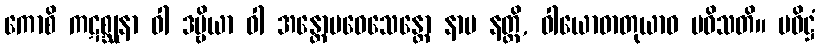
ကောစိ ကဋစ္ဆုနာ ဝါ ဒဗ္ဗိယာ ဝါ အန္တောပဝေသေန္တော နာမ နတ္ထိ, ဝါယောဓာတုယာဝ ပဝိသတိ။ ပဝိဋ္ဌံ